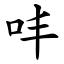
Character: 㕩